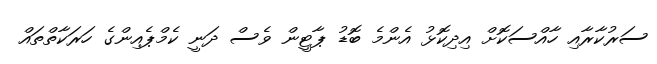
ސަރުކާރާއި ހާއްސަކޮށް އިދިކޮޅު އެންމެ ބޮޑު ޕާޓީން ވެސް ދަނީ ކެމްޕެއިންގެ ހަރަކާތްތައް